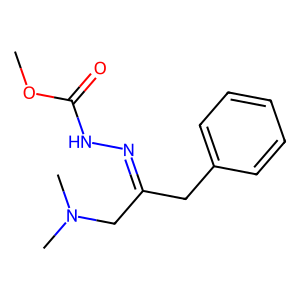
SMILES: COC(=O)NN=C(Cc1ccccc1)CN(C)C
Inhibits HIV replication: No